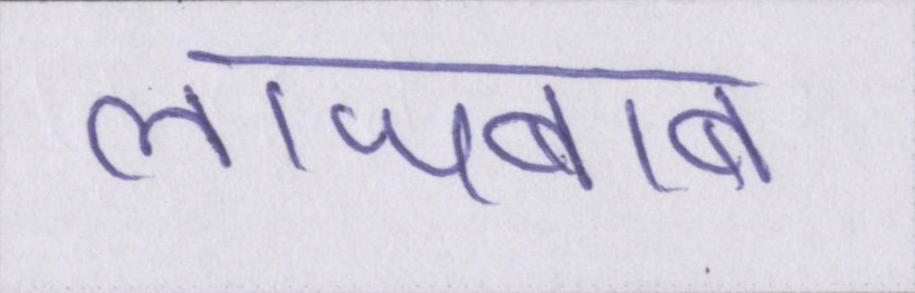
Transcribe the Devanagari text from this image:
लाजबाब